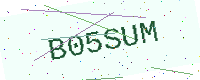
Text: B05SUM